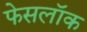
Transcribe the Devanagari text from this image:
फेसलॉक